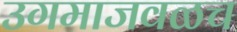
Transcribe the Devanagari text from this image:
उगमाजवळच